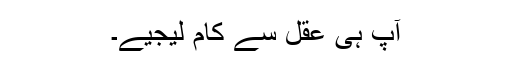
آپ ہی عقل سے کام لیجیے۔